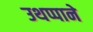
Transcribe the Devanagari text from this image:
उथप्पाने